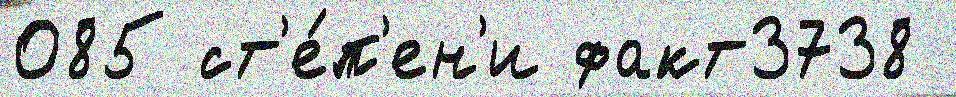
085 ст'е́п'ен'и факт3738